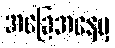
အခြေအနေမှ